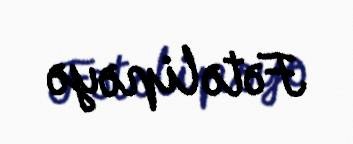
Fətəlipəyə